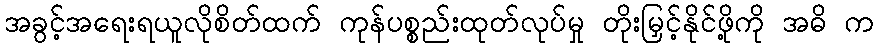
အခွင့်အရေးရယူလိုစိတ်ထက် ကုန်ပစ္စည်းထုတ်လုပ်မှု တိုးမြှင့်နိုင်ဖို့ကို အဓိ က